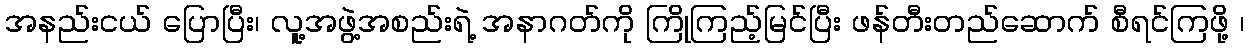
အနည်းငယ် ပြောပြီး၊ လူ့အဖွဲ့အစည်းရဲ့ အနာဂတ်ကို ကြိုကြည့်မြင်ပြီး ဖန်တီးတည်ဆောက် စီရင်ကြဖို့ ၊